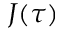
J ( \tau )